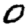
Digit: 0